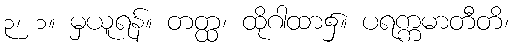
၃၊ ၁။ မှယူရန်။ တတ္ထ၊ ထိုဂါထာ၌။ ပရက္ကမာတီတိ၊